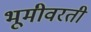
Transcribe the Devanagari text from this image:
भूमीवरती